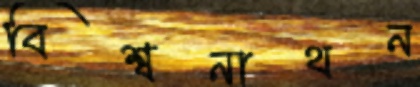
বিশ্বনাথন